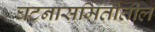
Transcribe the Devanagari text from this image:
घटनासमितीतील